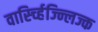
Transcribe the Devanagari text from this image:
वार्स्च्हिज्न्लिज्क